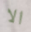
الا